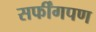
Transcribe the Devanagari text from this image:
सर्फींगपण